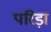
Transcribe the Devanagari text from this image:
परिड़ा